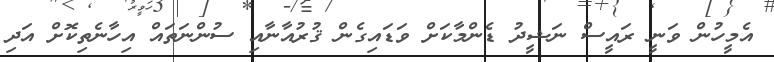
އެމީހުން ވަނީ ރައީސް ނަޝީދު ޑެންމާކަށް ވަޑައިގެން ޤުރުއާނާއި ސުންނަތައް އިހާނެތިކޮށް އަދި